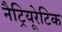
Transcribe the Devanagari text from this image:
नैट्रियूरेटिक